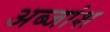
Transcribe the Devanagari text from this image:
अब्जांश